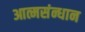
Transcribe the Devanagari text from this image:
आत्मसंन्धान